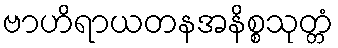
ဗာဟိရာယတနအနိစ္စသုတ္တံ